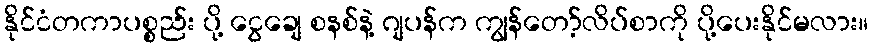
နိုင်ငံတကာပစ္စည်း ပို့ ငွေချေ စနစ်နဲ့ ဂျပန်က ကျွန်တော့်လိပ်စာကို ပို့ပေးနိုင်မလား။